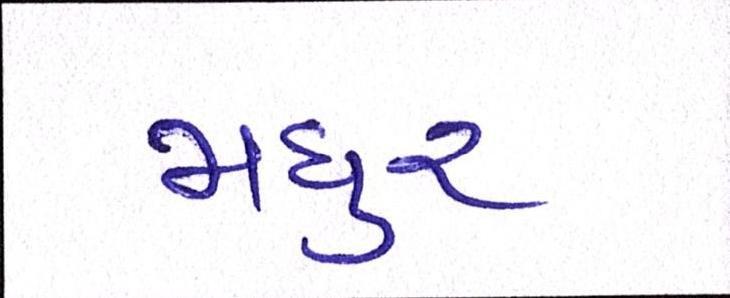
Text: મધુર